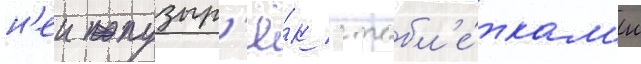
н'еи пузыр'ё́к с табл'е́ткам'и